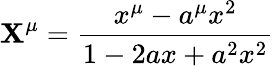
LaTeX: \mathbf{X}^{\mu}={\frac{{x^{\mu}-a^{\mu}x^{2}}}{{1-2ax+a^{2}x^{2}}}}